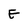
Character: E